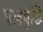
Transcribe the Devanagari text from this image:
बलबुद्धि